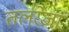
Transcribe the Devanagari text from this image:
तलरेजा